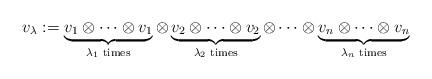
LaTeX: \begin{align*}v_{\lambda} := \underbrace{v_1 \otimes \cdots \otimes v_1}_\textrm{$\lambda_1$ times} \otimes \underbrace{v_2 \otimes \cdots \otimes v_2}_\textrm{$\lambda_2$ times} \otimes \cdots \otimes \underbrace{v_n \otimes \cdots \otimes v_n}_\textrm{$\lambda_n$ times}\end{align*}